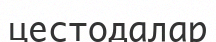
цестодалар